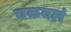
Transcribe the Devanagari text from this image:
चकवलं